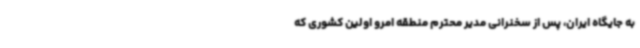
به جایگاه ایران، پس از سخنرانی مدیر محترم منطقه امرو اولین کشوری که